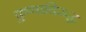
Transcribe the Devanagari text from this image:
कुणाविरुद्ध